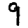
Digit: 9